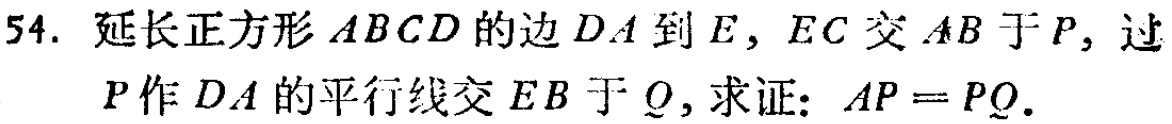
54. 延长正方形 \(ABCD\) 的边 \(DA\) 到 \(E\)，\(EC\) 交 \(AB\) 于 \(P\)，过 \(P\) 作 \(DA\) 的平行线交 \(EB\) 于 \(Q\)，求证：\(AP = PQ\)。